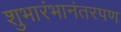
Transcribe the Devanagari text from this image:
शुभारंभानंतरपण